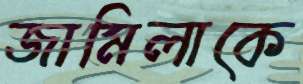
জামিলাকে